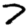
Digit: 7